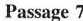
Passage 7